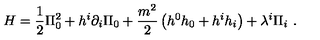
H = \frac { 1 } { 2 } \Pi _ { 0 } ^ { 2 } + h ^ { i } \partial _ { i } \Pi _ { 0 } + \frac { m ^ { 2 } } { 2 } \left( h ^ { 0 } h _ { 0 } + h ^ { i } h _ { i } \right) + \lambda ^ { i } \Pi _ { i } \ .